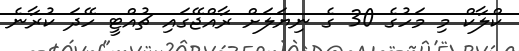
ކްލާކް މި މަހުގެ 30 ގެ ނިޔަލަށް ރާއްޖޭގައި ޗުއްޓީ ހޭދަ ކުރާނެ